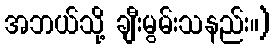
အဘယ်သို့ ချီးမွမ်းသနည်း။)